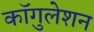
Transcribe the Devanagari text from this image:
कॉगुलेशन